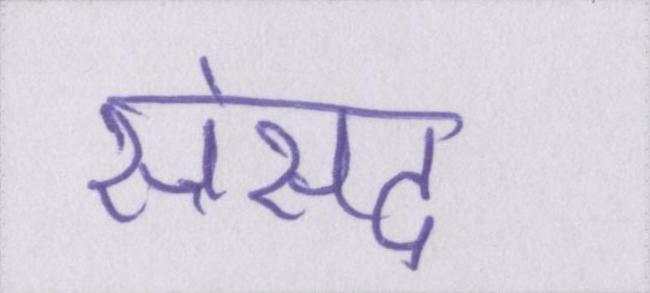
सँसद